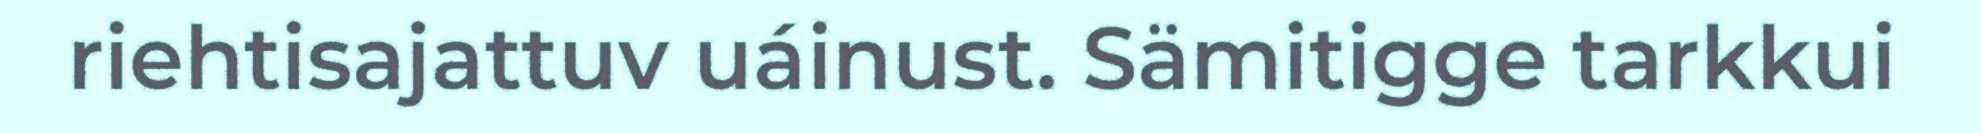
riehtisajattuv uáinust. Sämitigge tarkkui